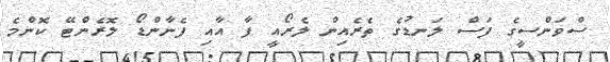
ސްވަންސީގެ ފަސް ލަނޑުގެ ތެރެއިން ލެރޯއީ ފާ އާއި ފެނާންޑޯ ލޮރެންޓޭ ކޮންމެ